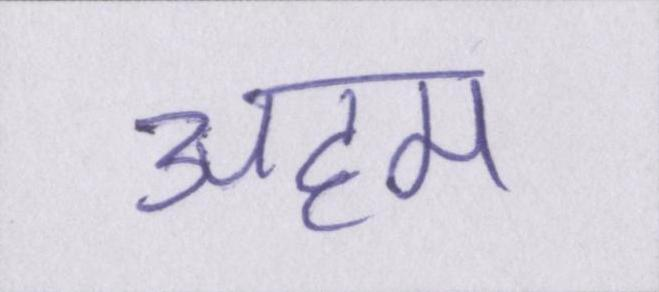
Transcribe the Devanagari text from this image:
अहम